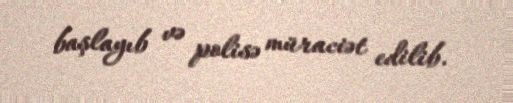
başlayıb və polisə müraciət edilib.